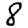
Digit: 8